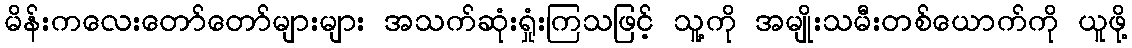
မိန်းကလေးတော်တော်များများ အသက်ဆုံးရှုံးကြသဖြင့် သူ့ကို အမျိုးသမီးတစ်ယောက်ကို ယူဖို့